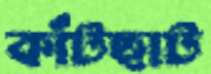
কাঁটছাট